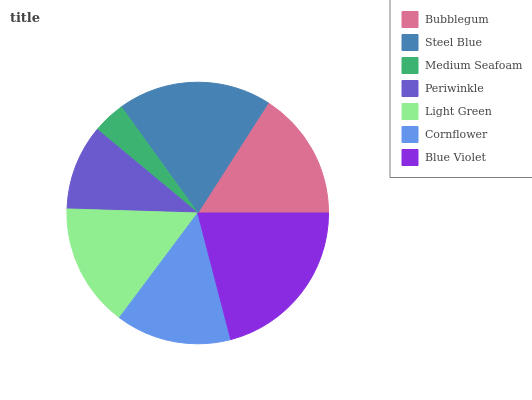
| Bubblegum | Steel Blue | Medium Seafoam | Periwinkle | Light Green | Cornflower | Blue Violet |
 | --- | --- | --- | --- | --- | --- | --- |
 | 15.9% | 18.9% | 4.03% | 10.5% | 15.3% | 14.3% | 21% |